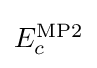
{\textstyle E_{c}^{\text{MP2}}}